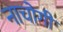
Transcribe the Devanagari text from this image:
नाचोगी